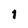
Character: 1